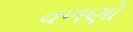
વળણો